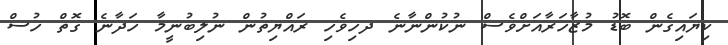
ކިޔައިގެން ބޮޑު މުޒާހަރާއަށްވެސް ނުކުންނާނެ ދހިވެހި ރައްޔިތުން ނުލިބުނީމާ ހަދާނެ ގޮތް ހުސް